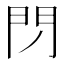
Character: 閁